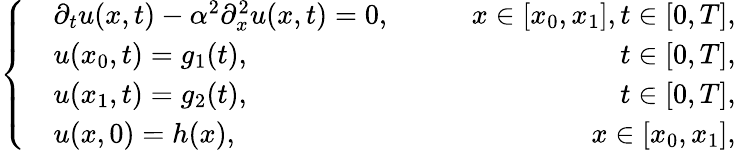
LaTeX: \left\{ \begin{array}{rlr}&{\partial_{t}u(x,t)-\alpha^{2}\partial_{x}^{2}u(x,t)=0,\qquad}&{x\in[x_{0},x_{1}],t\in[0,T],}\\ &{u(x_{0},t)=g_{1}(t),}&{t\in[0,T],}\\ &{u(x_{1},t)=g_{2}(t),}&{t\in[0,T],}\\ &{u(x,0)=h(x),}&{x\in[x_{0},x_{1}],}\end{array}\right.